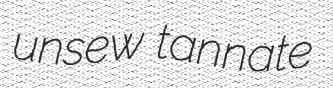
unsew tannate